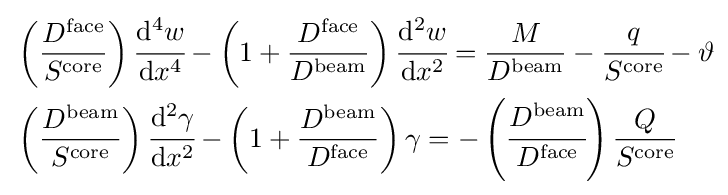
{\begin{aligned}&\left({\frac {D^{\mathrm {face} }}{S^{\mathrm {core} }}}\right){\cfrac {\mathrm {d} ^{4}w}{\mathrm {d} x^{4}}}-\left(1+{\frac {D^{\mathrm {face} }}{D^{\mathrm {beam} }}}\right){\cfrac {\mathrm {d} ^{2}w}{\mathrm {d} x^{2}}}={\frac {M}{D^{\mathrm {beam} }}}-{\cfrac {q}{S^{\mathrm {core} }}}-\vartheta \\&\left({\frac {D^{\mathrm {beam} }}{S^{\mathrm {core} }}}\right){\cfrac {\mathrm {d} ^{2}\gamma }{\mathrm {d} x^{2}}}-\left(1+{\frac {D^{\mathrm {beam} }}{D^{\mathrm {face} }}}\right)\gamma =-\left({\cfrac {D^{\mathrm {beam} }}{D^{\mathrm {face} }}}\right){\frac {Q}{S^{\mathrm {core} }}}\,\end{aligned}}